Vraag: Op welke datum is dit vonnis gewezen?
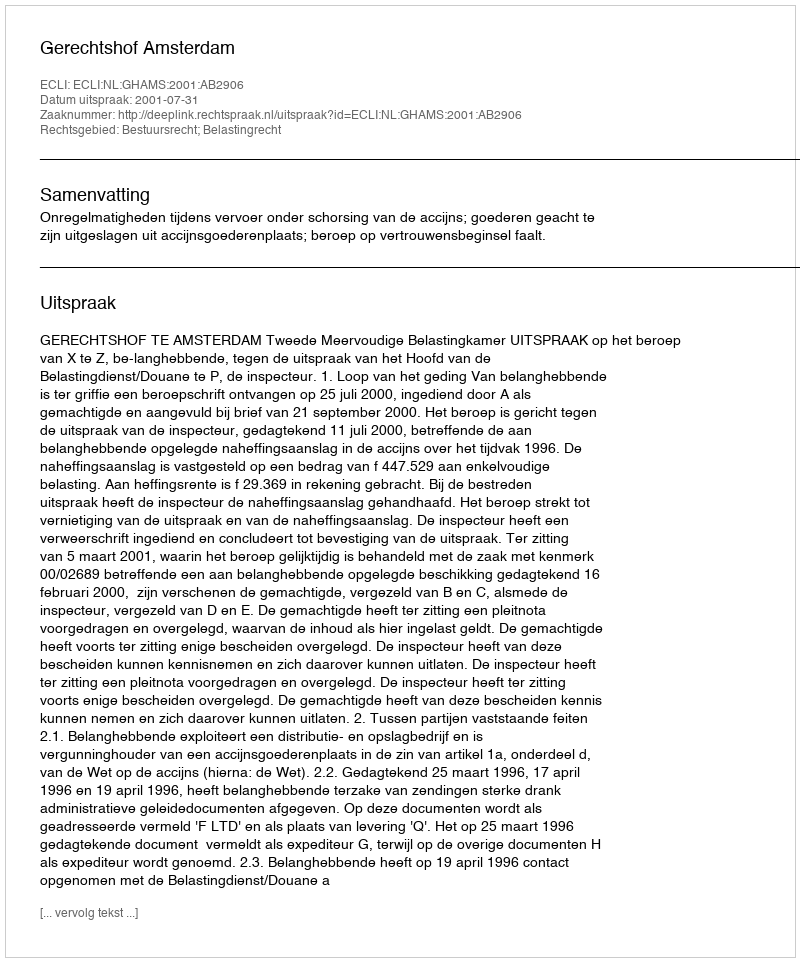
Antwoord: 2001-07-31